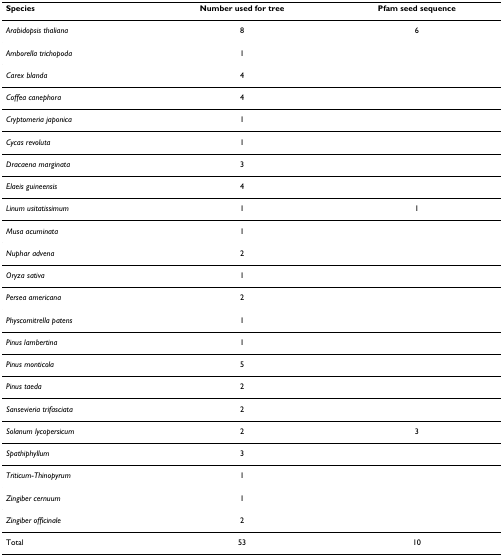
| Species | Number used for tree | Pfam seed sequence |
 | --- | --- | --- |
 | Arabidopsis thaliana | 8 | 6 |
 | Amborella trichopoda | 1 |  |
 | Carex blanda | 4 |  |
 | Coffea canephora | 4 |  |
 | Cryptomeria japonica | 1 |  |
 | Cycas revoluta | 1 |  |
 | Dracaena marginata | 3 |  |
 | Elaeis guineensis | 4 |  |
 | Linum usitatissimum | 1 | 1 |
 | Musa acuminata | 1 |  |
 | Nuphar advena | 2 |  |
 | Oryza sativa | 1 |  |
 | Persea americana | 2 |  |
 | Physcomitrella patens | 1 |  |
 | Pinus lambertina | 1 |  |
 | Pinus monticola | 5 |  |
 | Pinus taeda | 2 |  |
 | Sansevieria trifasciata | 2 |  |
 | Solanum lycopersicum | 2 | 3 |
 | Spathiphyllum | 3 |  |
 | Triticum-Thinopyrum | 1 |  |
 | Zingiber cernuum | 1 |  |
 | Zingiber officinale | 2 |  |
 | Total | 53 | 10 |